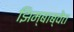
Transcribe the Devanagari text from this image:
झिम्बाब्वेत